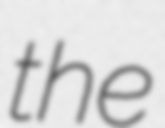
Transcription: the